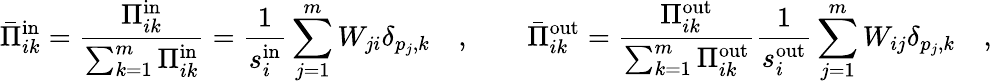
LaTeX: \bar{\Pi}_{ik}^{\mathrm{in}}=\frac{\Pi_{ik}^{\mathrm{in}}}{\sum_{k=1}^{m}\Pi_{ik}^{\mathrm{in}}}=\frac{1}{s_{i}^{\mathrm{in}}}\sum_{j=1}^{m}W_{ji}\delta_{p_{j},k}\quad,\qquad\bar{\Pi}_{ik}^{\mathrm{out}}=\frac{\Pi_{ik}^{\mathrm{out}}}{\sum_{k=1}^{m}\Pi_{ik}^{\mathrm{out}}}\frac{1}{s_{i}^{\mathrm{out}}}\sum_{j=1}^{m}W_{ij}\delta_{p_{j},k}\quad,